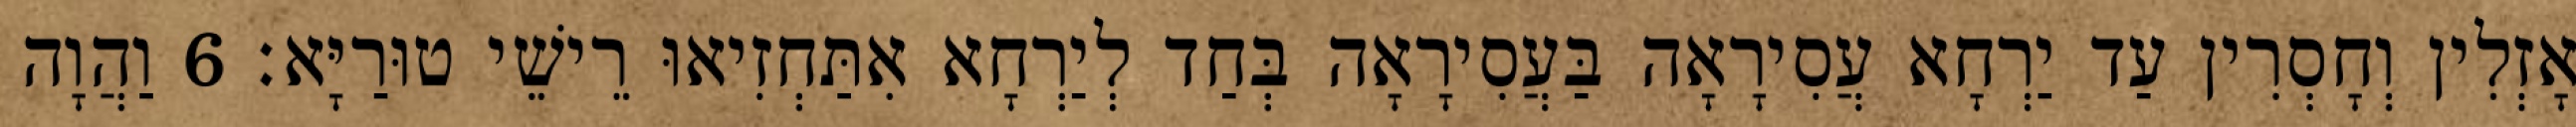
אָזְלִין וְחָסְרִין עַד יַרְחָא עֲסִירָאָה בַּעֲסִירָאָה בְּחַד לְיַרְחָא אִתַּחְזִיאוּ רֵישֵׁי טוּרַיָּא׃ 6 וַהֲוָה